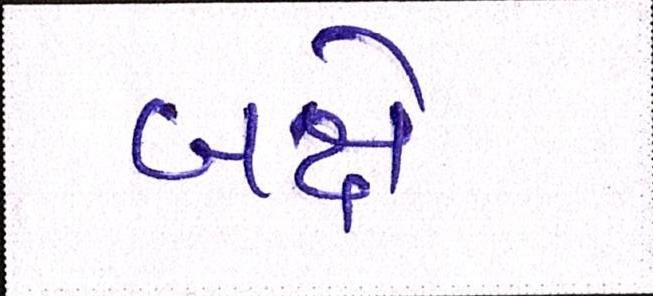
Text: બક્ષે